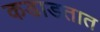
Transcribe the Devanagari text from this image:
कडाडतात